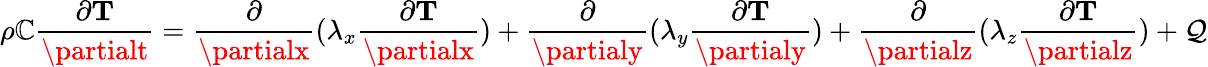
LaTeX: \rho\mathbb{C}\frac{{\partial\mathbf{{T}}}}{{\partialt}}=\frac{{\partial}}{{\partialx}}(\lambda_{x}\frac{{\partial\mathbf{{T}}}}{{\partialx}})+\frac{{\partial}}{{\partialy}}(\lambda_{y}\frac{{\partial\mathbf{{T}}}}{{\partialy}})+\frac{{\partial}}{{\partialz}}(\lambda_{z}\frac{{\partial\mathbf{{T}}}}{{\partialz}})+\mathcal{{Q}}